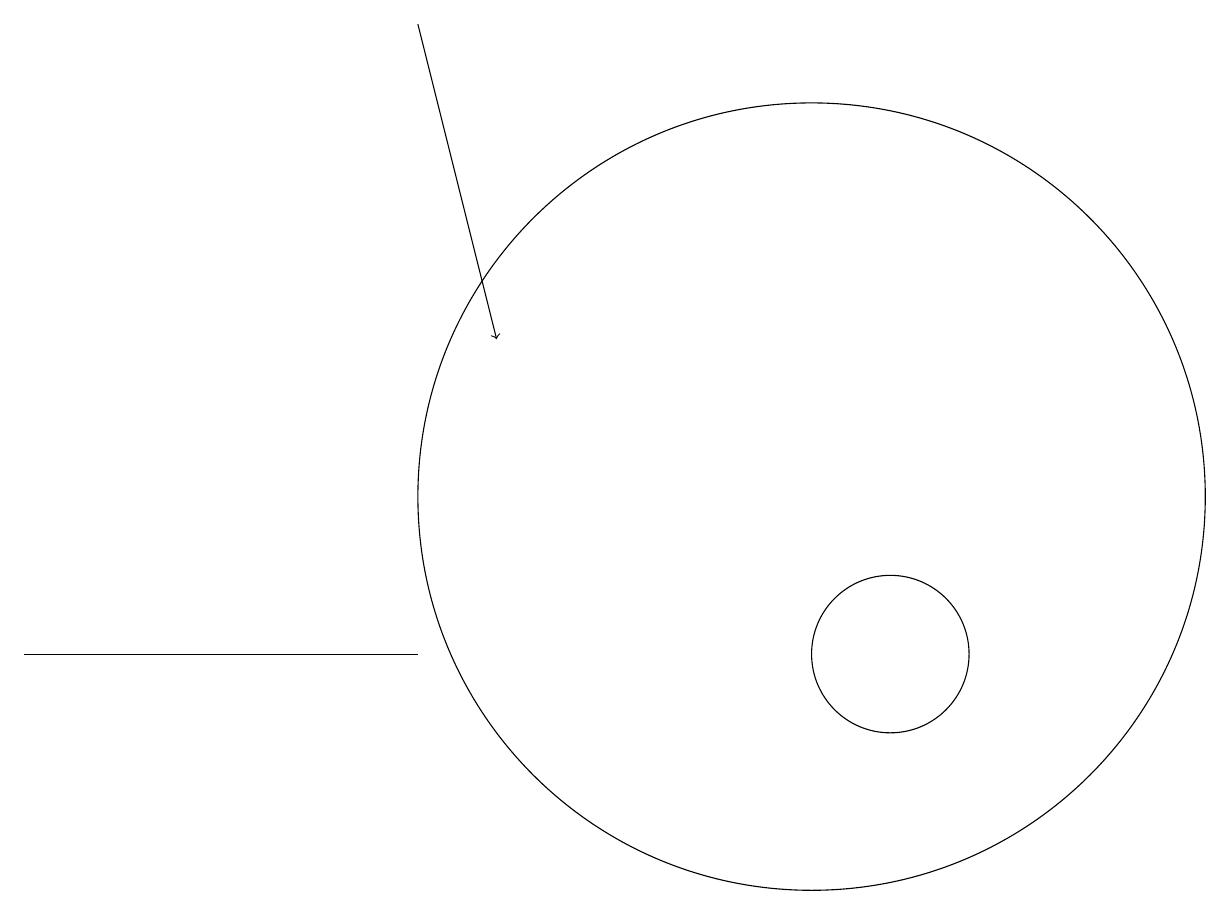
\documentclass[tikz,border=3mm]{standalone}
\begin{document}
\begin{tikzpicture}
\draw (1,10) rectangle (6,10);
\draw[->] (6,18) -- (7,14);
\draw (12,10) circle (1);
\draw (11,12) circle (5);
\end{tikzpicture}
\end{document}